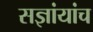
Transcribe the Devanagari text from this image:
सज्ञांयांच